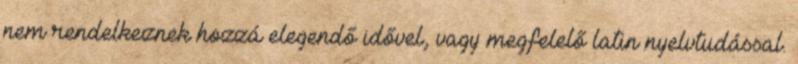
nem rendelkeznek hozzá elegendő idővel, vagy megfelelő latin nyelvtudással.